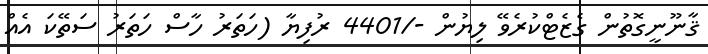
ޤާނޫނީގޮތުން ގެޒެޓްކުރެވޭ ލިޔުން -/4401 ރުފިޔާ (ހަތަރު ހާސް ހަތަރު ސަތޭކަ އެއް